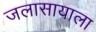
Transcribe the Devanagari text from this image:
जलासायाला